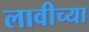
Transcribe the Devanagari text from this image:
लावीच्या